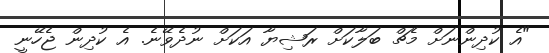
"އެ ކުދިންނަށް މެޗް ބަލާކަށް ރަޝިޔާ އަކަށް ނުދެވޭނެ. އެ ކުދިން ޖެހޭނީ